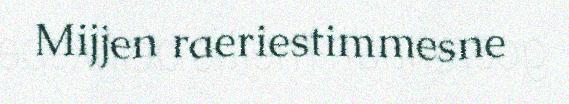
Mijjen raeriestimmesne